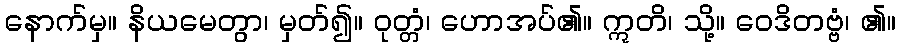
နောက်မှ။ နိယမေတွာ၊ မှတ်၍။ ဝုတ္တံ၊ ဟောအပ်၏။ ဣတိ၊ သို့။ ဝေဒိတဗ္ဗံ၊ ၏။